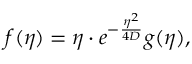
f ( \eta ) = \eta \cdot e ^ { - \frac { \eta ^ { 2 } } { 4 D } } g ( \eta ) ,